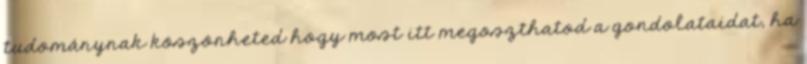
tudománynak köszönheted hogy most itt megoszthatod a gondolataidat, ha